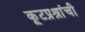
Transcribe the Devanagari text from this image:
कूटप्रश्नांची